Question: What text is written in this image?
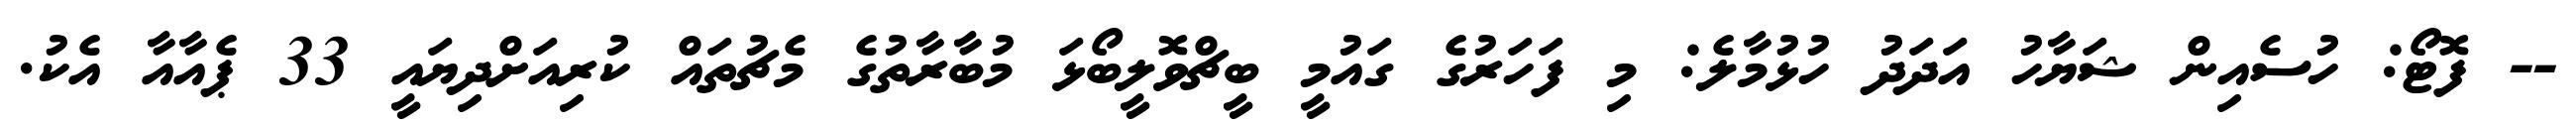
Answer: -- ފޮޓޯ: ހުސެއިން ޝަޔާހު އަދަދު ހުޅުމާލެ: މި ފަހަރުގެ ގައުމީ ބީޗްވޮލީބޯޅަ މުބާރާތުގެ މެޗުތައް ކުރިއަށްދިޔައީ 33 ޕެއާއާ އެކު.